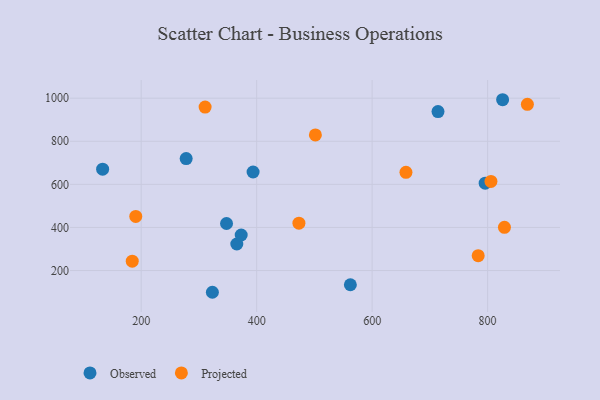
{"axis": {"x": "Price", "y": "Salary"}, "legend": ["Observed", "Projected"], "data": [{"x": "277.9", "y": 719.7, "type": "Observed"}, {"x": "826.0", "y": 992.9, "type": "Observed"}, {"x": "365.6", "y": 323.2, "type": "Observed"}, {"x": "347.8", "y": 418.2, "type": "Observed"}, {"x": "714.1", "y": 938.1, "type": "Observed"}, {"x": "133.2", "y": 670.6, "type": "Observed"}, {"x": "795.8", "y": 605.6, "type": "Observed"}, {"x": "323.3", "y": 99.0, "type": "Observed"}, {"x": "373.2", "y": 364.8, "type": "Observed"}, {"x": "562.3", "y": 134.0, "type": "Observed"}, {"x": "393.8", "y": 657.4, "type": "Observed"}, {"x": "190.6", "y": 450.9, "type": "Projected"}, {"x": "184.5", "y": 243.4, "type": "Projected"}, {"x": "829.2", "y": 400.3, "type": "Projected"}, {"x": "501.7", "y": 829.6, "type": "Projected"}, {"x": "783.7", "y": 269.0, "type": "Projected"}, {"x": "658.6", "y": 655.8, "type": "Projected"}, {"x": "310.7", "y": 958.8, "type": "Projected"}, {"x": "805.8", "y": 613.5, "type": "Projected"}, {"x": "868.9", "y": 971.5, "type": "Projected"}, {"x": "473.2", "y": 419.8, "type": "Projected"}]}